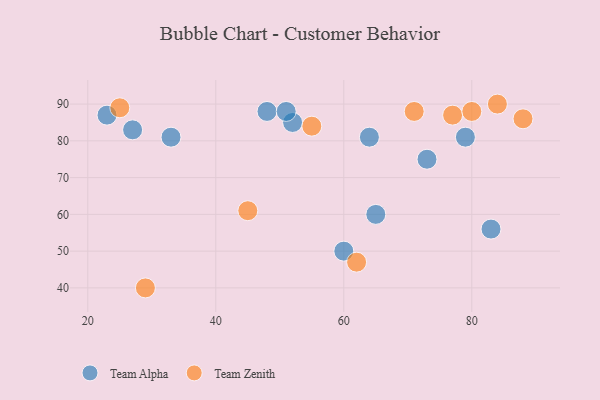
{"axis": {"x": "GDP", "y": "Life Expectancy"}, "legend": ["Team Alpha", "Team Zenith"], "data": [{"x": "23", "y": 87, "type": "Team Alpha"}, {"x": "48", "y": 88, "type": "Team Alpha"}, {"x": "73", "y": 75, "type": "Team Alpha"}, {"x": "65", "y": 60, "type": "Team Alpha"}, {"x": "83", "y": 56, "type": "Team Alpha"}, {"x": "33", "y": 81, "type": "Team Alpha"}, {"x": "64", "y": 81, "type": "Team Alpha"}, {"x": "79", "y": 81, "type": "Team Alpha"}, {"x": "52", "y": 85, "type": "Team Alpha"}, {"x": "51", "y": 88, "type": "Team Alpha"}, {"x": "27", "y": 83, "type": "Team Alpha"}, {"x": "60", "y": 50, "type": "Team Alpha"}, {"x": "88", "y": 86, "type": "Team Zenith"}, {"x": "29", "y": 40, "type": "Team Zenith"}, {"x": "84", "y": 90, "type": "Team Zenith"}, {"x": "45", "y": 61, "type": "Team Zenith"}, {"x": "55", "y": 84, "type": "Team Zenith"}, {"x": "62", "y": 47, "type": "Team Zenith"}, {"x": "77", "y": 87, "type": "Team Zenith"}, {"x": "71", "y": 88, "type": "Team Zenith"}, {"x": "80", "y": 88, "type": "Team Zenith"}, {"x": "25", "y": 89, "type": "Team Zenith"}]}